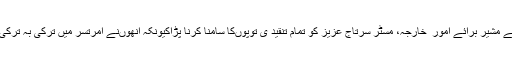
وزیر ِاعظم کے مشیر برائے امور ِ خارجہ، مسٹر سرتاج عزیز کو تمام تنقید ی توپوںکا سامنا کرنا پڑاکیونکہ اُنھوںنے امرتسر میں ترکی بہ ترکی جواب نہ دیا۔